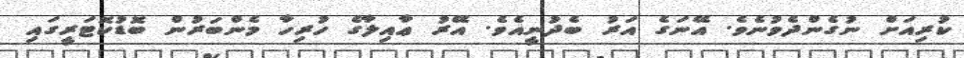
ކުރިއަށް ނުގެންދެވުނެވެ. އޭނަގެ އަރު ބެދުނީއެވެ. އޭރު ޢާއިލާގެ ހުރިހާ މެންބަރުން ބޮޑުކޮޓަރީގައި